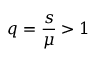
q = \frac { s } { \mu } > 1